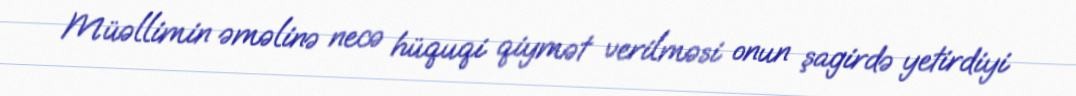
Müəllimin əməlinə necə hüquqi qiymət verilməsi onun şagirdə yetirdiyi